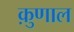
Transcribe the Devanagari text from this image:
क़ुणाल